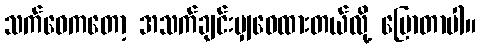
သက်ဝေကတော့ အသက်ချင်းမျှဝေထားတယ်လို့ ပြောတာပါ။